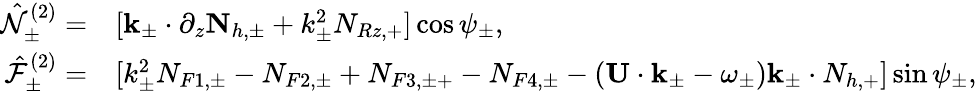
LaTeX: \begin{array}{rl}{\hat{\mathcal{N}}_{\pm}^{(2)}=}&{[\mathbf{k}_{\pm}\cdot\partial_{z}\mathbf{N}_{h,\pm}+k_{\pm}^{2}N_{Rz,+}]\cos\psi_{\pm},}\\ {\hat{\mathcal{F}}_{\pm}^{(2)}=}&{[k_{\pm}^{2}N_{F1,\pm}-N_{F2,\pm}+N_{F3,\pm+}-N_{F4,\pm}-(\mathbf{U}\cdot\mathbf{k}_{\pm}-\omega_{\pm})\mathbf{k}_{\pm}\cdot N_{h,+}]\sin\psi_{\pm},}\end{array}